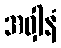
အဝှါနံ